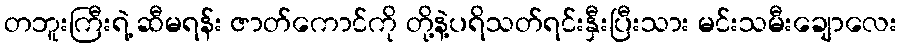
တဘူးကြီးရဲ့ ဆီမရန်း ဇာတ်ကောင်ကို တို့နဲ့ပရိသတ်ရင်းနှီးပြီးသား မင်းသမီးချောလေး